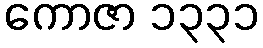
ကောဇာ ၁၃၃၁